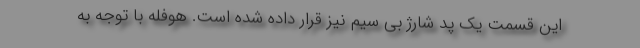
این قسمت یک پد شارژ بی سیم نیز قرار داده شده است. هوفله با توجه به